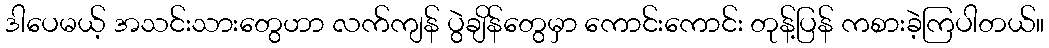
ဒါပေမယ့် အသင်းသားတွေဟာ လက်ကျန် ပွဲချိန်တွေမှာ ကောင်းကောင်း တုန့်ပြန် ကစားခဲ့ကြပါတယ်။